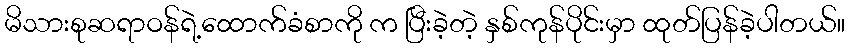
မိသားစုဆရာဝန်ရဲ့ထောက်ခံစာကို က ပြီးခဲ့တဲ့ နှစ်ကုန်ပိုင်းမှာ ထုတ်ပြန်ခဲ့ပါတယ်။